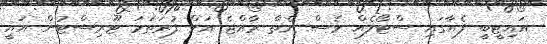
އައިޓީބީ ފެއާގައި ސްޓޯލެއް ވެސް ނެތް ރާއްޖެ އަށް ފުރަތަމަ ޓޫރިސްޓުން އައީ